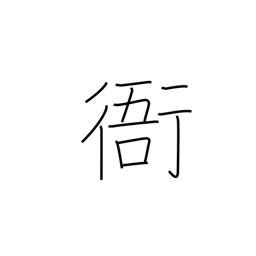
Meaning: government office